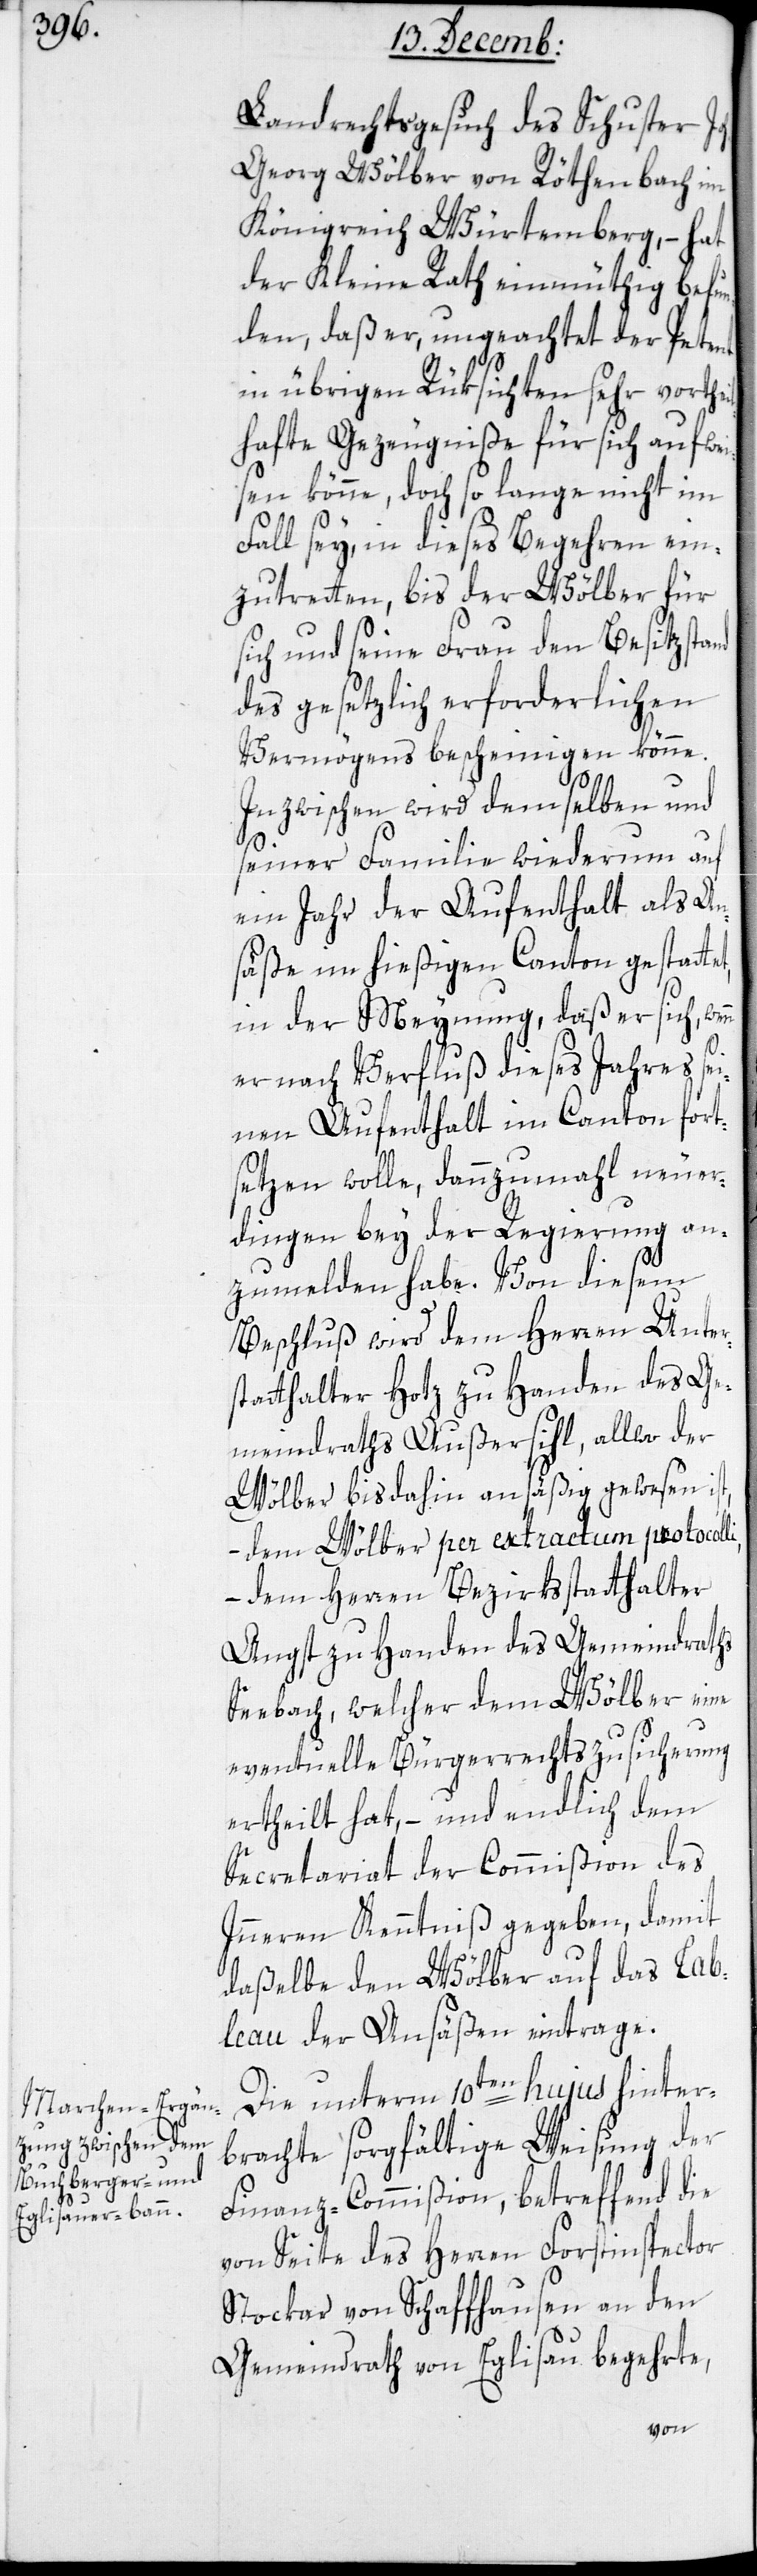
Landrechts-Gesuch des Schuster
Georg Wölber von Röthenbach im
Königreich Würtemberg, – hat
der Kleine Rath einmütig befun¬
den, daß er ungeachtet der Petent
in übrigen Rüksichten sehr vorthei¬
lhafte Gezeugniße für sich aufwei¬
sen könne, doch so lange nicht im
Fall sey, in dieses Begehren ein¬
zutreten, bis der Wölber für
sich und seine Frau den Besitzstand
des gesetzlich erforderlichen
Vermögens bescheinigen könne.
Inzwischen wird demselben und
seiner Familie wiederum auf
ein Jahr der Aufenthalt als An¬
säße im hießigen Canton gestattet,
in der Meynung, daß er sich, wen¬
n er nach Verfluß dieses Jahres sei¬
nen Aufenthalt im Canton fort¬
setzen wolle, dannzumal neuer¬
dingen bey der Regierung an¬
zumelden habe. Von diesem
Beschluß wird dem Herren Unter¬
statthalter Hotz zu Handen des Ge¬
meindraths Außersihl, allwo der
Wölber bis dahin ansäßig gewesen ist,
dem Wölber per extractum protocolli,
– dem Herren Bezirksstatthalter
Angst zu Handen des Gemeindraths
Seebach, welcher dem Wölber eine
eventuelle Bürgerrechtszusicherung
ertheilt hat, –und endlich dem
Secretariat der Commißion des
Inneren Kenntniß gegeben, damit
daßelbe den Wölber auf das Tab¬
leau der Ansäßen eintrage.
Die unterm 10ten hujus hinter¬
brachte sorgfältige Weisung der
Finanz-Commißion , betreffend die
von Seite des Herren Forstinspector
Stokar von Schaffhausen an den
Gemeindrath von Eglisau begehrte,